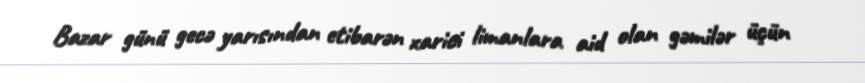
Bazar günü gecə yarısından etibarən xarici limanlara aid olan gəmilər üçün